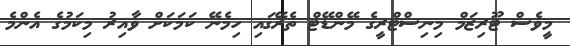
މީވެސް ޓޫރިޒަމް މިނިސްޓްރީގެ މޭންޑޭޓް ތެރޭގައި ހިމެނޭ ކަމަކަށް ވާއިރު މިކަމުގެ އެންމެ